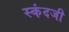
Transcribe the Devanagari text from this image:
स्कंदजी